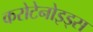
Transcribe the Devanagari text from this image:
करोटेनोइड्स